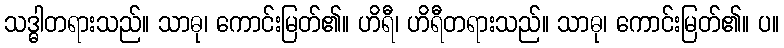
သဒ္ဓါတရားသည်။ သာဓု၊ ကောင်းမြတ်၏။ ဟိရီ၊ ဟိရီတရားသည်။ သာဓု၊ ကောင်းမြတ်၏။ ပ။